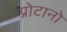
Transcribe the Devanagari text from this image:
प्रोटानो